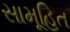
સામૂહિત